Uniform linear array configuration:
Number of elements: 48
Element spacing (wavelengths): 0.75
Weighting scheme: kaiser
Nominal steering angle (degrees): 15
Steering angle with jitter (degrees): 14.674
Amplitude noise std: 0.05
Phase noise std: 0.05

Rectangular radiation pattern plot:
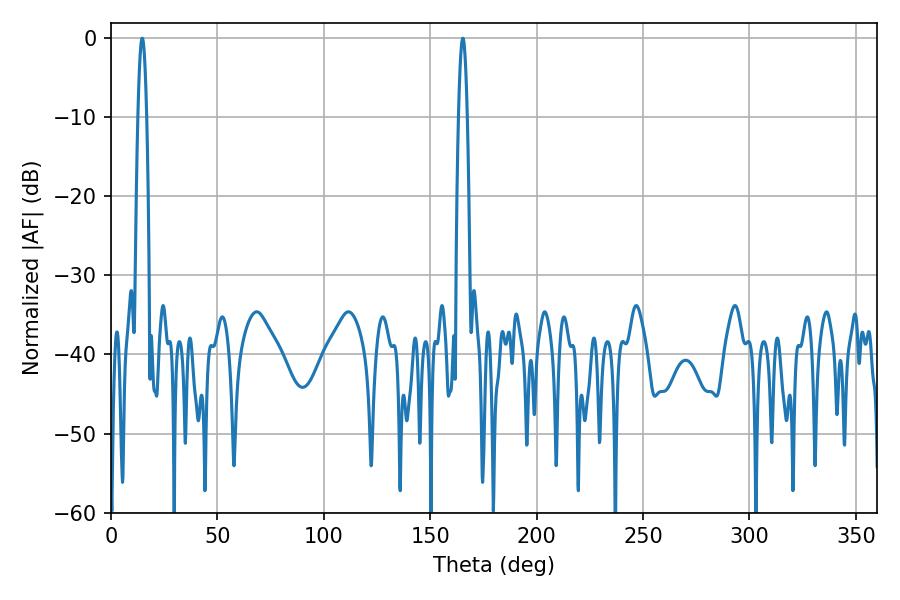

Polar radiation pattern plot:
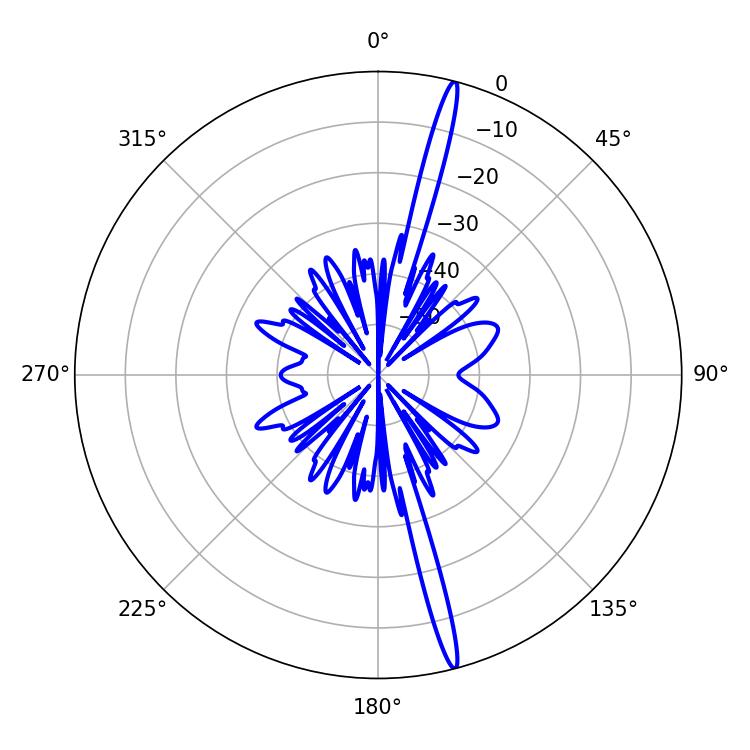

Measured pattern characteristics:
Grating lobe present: TRUE
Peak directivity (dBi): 19.581
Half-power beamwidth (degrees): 2.34
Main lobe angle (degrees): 14.76